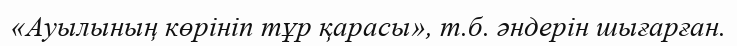
«Ауылының көрініп тұр қарасы», т.б. әндерін шығарған.